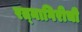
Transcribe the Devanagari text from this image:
रत्‍नागिरीची